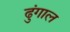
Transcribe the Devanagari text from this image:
ढुंगाल